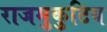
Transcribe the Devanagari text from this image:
राजमुकुटिय